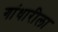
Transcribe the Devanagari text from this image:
गांधारीला